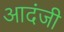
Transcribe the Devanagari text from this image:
आदंजी